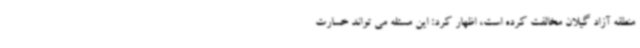
منطقه آزاد گیلان مخالفت کرده است، اظهار کرد: این مسئله می تواند خسارت